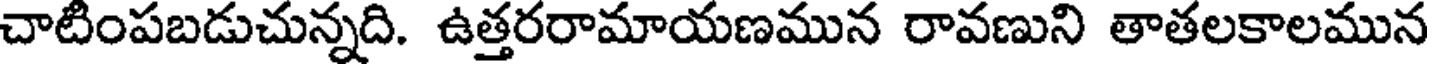
చాటింపబడుచున్నది. ఉత్తరరామాయణమున రావణుని తాతలకాలమున